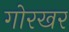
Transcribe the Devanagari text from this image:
गोरखर